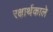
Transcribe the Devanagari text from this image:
रक्षार्थकाले